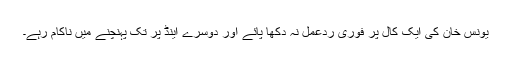
یونس خان کی ایک کال پر فوری ردعمل نہ دکھا پائے اور دوسرے اینڈ پر تک پہنچنے میں ناکام رہے۔